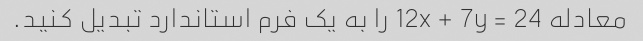
معادله 12x + 7y = 24 را به یک فرم استاندارد تبدیل کنید.